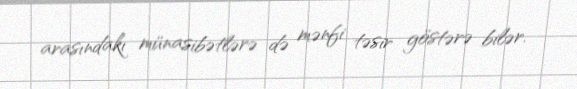
arasındakı münasibətlərə də mənfi təsir göstərə bilər.